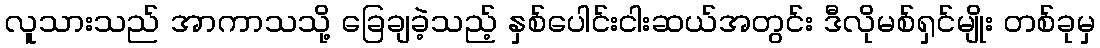
လူသားသည် အာကာသသို့ ခြေချခဲ့သည့် နှစ်ပေါင်းငါးဆယ်အတွင်း ဒီလိုမစ်ရှင်မျိုး တစ်ခုမှ